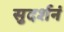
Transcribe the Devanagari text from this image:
सुदर्शनं